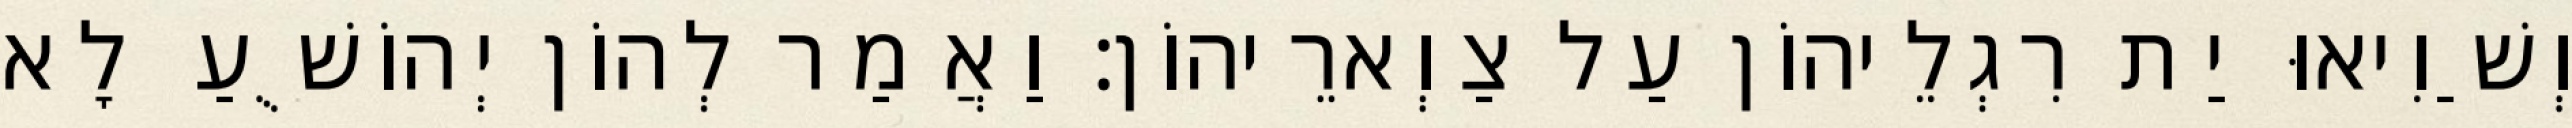
וְשַׁוִיאוּ יַת רִגְלֵיהוֹן עַל צַוְארֵיהוֹן׃ וַאֲמַר לְהוֹן יְהוֹשֻׁעַ לָא